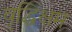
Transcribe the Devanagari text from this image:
वृद्धिक्षम